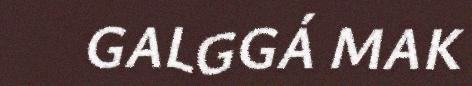
GALGGÁ MAK